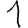
Digit: 1